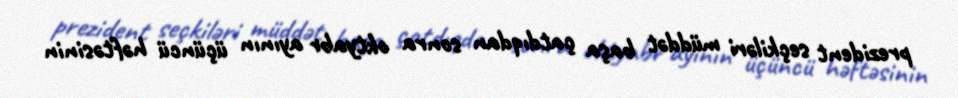
prezident seçkiləri müddət başa çatdıqdan sonra oktyabr ayının üçüncü həftəsinin